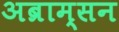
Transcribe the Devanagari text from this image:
अब्राम्सन